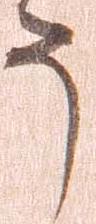
う